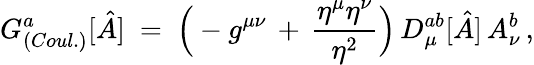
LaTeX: G_{(Coul.)}^{a}[\hat{A}]\ =\ \Big(-g^{\mu\nu}\, +\, \frac{\eta^{\mu}\eta^{\nu}}{\eta^{2}}\Big)\, D_{\mu}^{ab}[\hat{A}]\, A_{\nu}^{b}\, ,